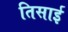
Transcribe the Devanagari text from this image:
तिसाई